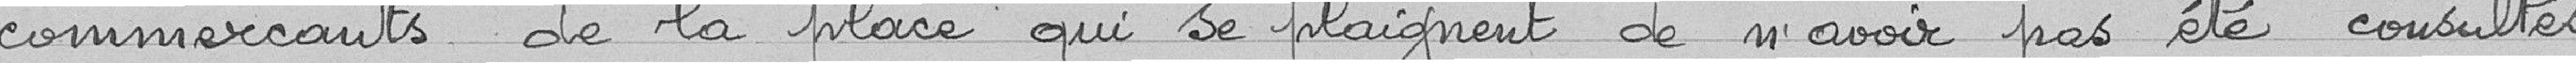
commerçants de la place qui se plaignent de n'avoir pas été consultés